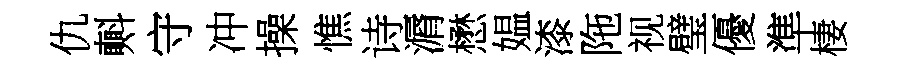
仇㪺守冲操憔诗漘懋媪漆陁视璧優準棲